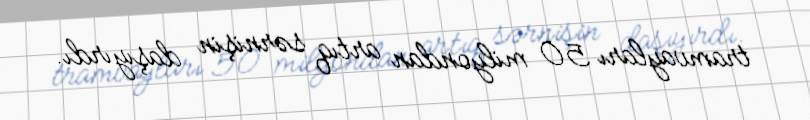
tramvayları 50 milyondan artıq sərnişin daşıyırdı.